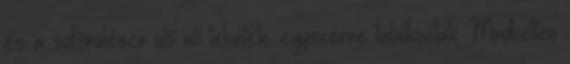
és a sofőrülésen ülő nő tekintete egyszerre találkoztak. Mindketten